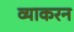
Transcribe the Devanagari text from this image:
व्याकरन